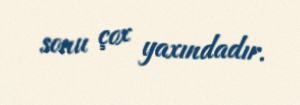
sonu çox yaxındadır.